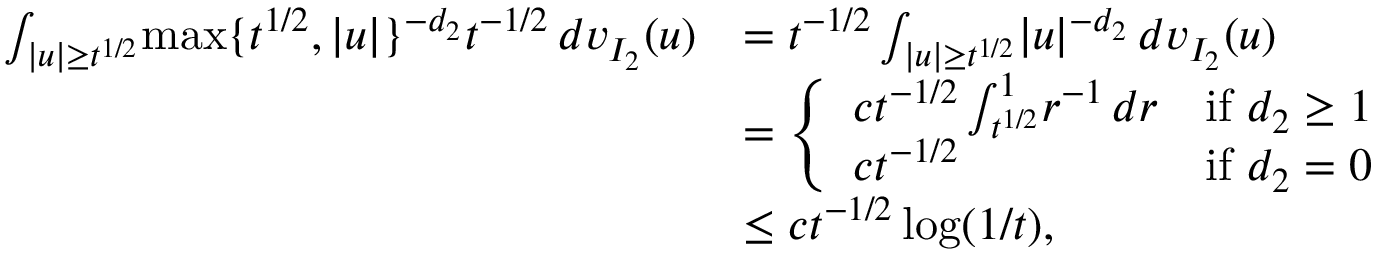
\begin{array} { r l } { \int _ { | u | \ge t ^ { 1 / 2 } } \! \operatorname* { m a x } \{ t ^ { 1 / 2 } , | u | \} ^ { - d _ { 2 } } t ^ { - 1 / 2 } \, d v _ { I _ { 2 } } ( u ) } & { = t ^ { - 1 / 2 } \int _ { | u | \ge t ^ { 1 / 2 } } \! | u | ^ { - d _ { 2 } } \, d v _ { I _ { 2 } } ( u ) } \\ & { = \left\{ \begin{array} { l l } { c t ^ { - 1 / 2 } \int _ { t ^ { 1 / 2 } } ^ { 1 } \! r ^ { - 1 } \, d r } & { \mathrm { i f ~ } d _ { 2 } \ge 1 } \\ { c t ^ { - 1 / 2 } } & { \mathrm { i f ~ } d _ { 2 } = 0 } \end{array} \right. } \\ & { \le c t ^ { - 1 / 2 } \log ( 1 / t ) , } \end{array}